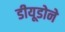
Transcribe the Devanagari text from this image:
डीयूडोने